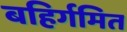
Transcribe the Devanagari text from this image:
बहिर्गमित